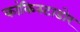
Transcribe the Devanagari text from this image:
कांकिस्टाडोर